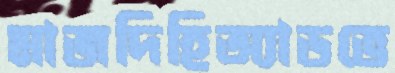
মাজদিহিঅ্যাডভে